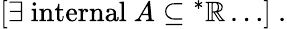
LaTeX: [\exists{\mathrm{~internal~}}A\subseteq{^{*}\mathbb{R}}\dots]\ .